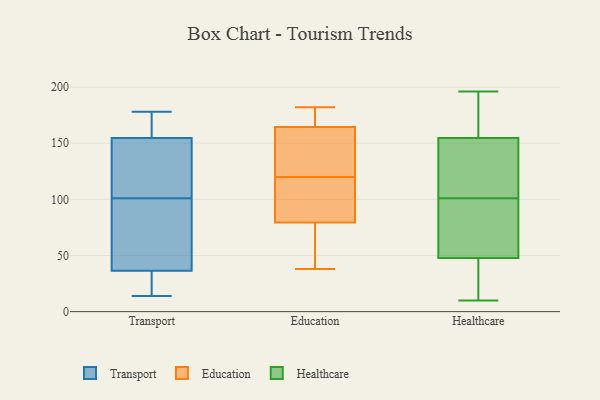
{"axis": {"x": "Population (Million)", "y": "Value"}, "legend": ["Education", "Healthcare", "Transport"], "data": [{"x": "", "y": 54, "type": "Transport"}, {"x": "", "y": 19, "type": "Transport"}, {"x": "", "y": 178, "type": "Transport"}, {"x": "", "y": 29, "type": "Transport"}, {"x": "", "y": 169, "type": "Transport"}, {"x": "", "y": 92, "type": "Transport"}, {"x": "", "y": 166, "type": "Transport"}, {"x": "", "y": 101, "type": "Transport"}, {"x": "", "y": 154, "type": "Transport"}, {"x": "", "y": 44, "type": "Transport"}, {"x": "", "y": 107, "type": "Transport"}, {"x": "", "y": 14, "type": "Transport"}, {"x": "", "y": 112, "type": "Transport"}, {"x": "", "y": 155, "type": "Transport"}, {"x": "", "y": 34, "type": "Transport"}, {"x": "", "y": 128, "type": "Education"}, {"x": "", "y": 159, "type": "Education"}, {"x": "", "y": 126, "type": "Education"}, {"x": "", "y": 42, "type": "Education"}, {"x": "", "y": 106, "type": "Education"}, {"x": "", "y": 63, "type": "Education"}, {"x": "", "y": 71, "type": "Education"}, {"x": "", "y": 112, "type": "Education"}, {"x": "", "y": 38, "type": "Education"}, {"x": "", "y": 182, "type": "Education"}, {"x": "", "y": 178, "type": "Education"}, {"x": "", "y": 88, "type": "Education"}, {"x": "", "y": 177, "type": "Education"}, {"x": "", "y": 154, "type": "Education"}, {"x": "", "y": 114, "type": "Education"}, {"x": "", "y": 170, "type": "Education"}, {"x": "", "y": 101, "type": "Healthcare"}, {"x": "", "y": 88, "type": "Healthcare"}, {"x": "", "y": 175, "type": "Healthcare"}, {"x": "", "y": 29, "type": "Healthcare"}, {"x": "", "y": 136, "type": "Healthcare"}, {"x": "", "y": 178, "type": "Healthcare"}, {"x": "", "y": 37, "type": "Healthcare"}, {"x": "", "y": 132, "type": "Healthcare"}, {"x": "", "y": 90, "type": "Healthcare"}, {"x": "", "y": 80, "type": "Healthcare"}, {"x": "", "y": 18, "type": "Healthcare"}, {"x": "", "y": 10, "type": "Healthcare"}, {"x": "", "y": 161, "type": "Healthcare"}, {"x": "", "y": 196, "type": "Healthcare"}, {"x": "", "y": 111, "type": "Healthcare"}]}